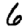
Digit: 6